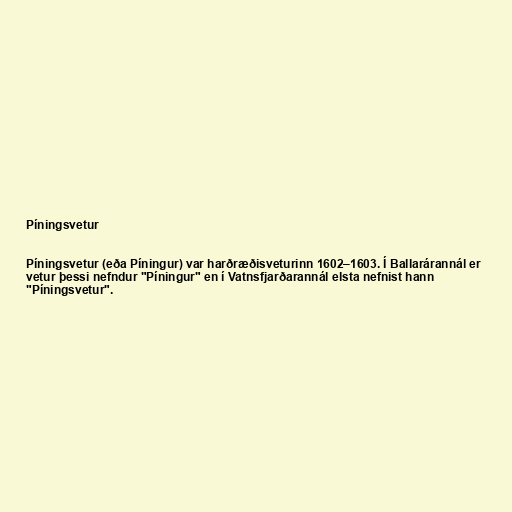
Píningsvetur

Píningsvetur (eða Píningur) var harðræðisveturinn 1602–1603. Í Ballarárannál er
vetur þessi nefndur "Píningur" en í Vatnsfjarðarannál elsta nefnist hann
"Píningsvetur".